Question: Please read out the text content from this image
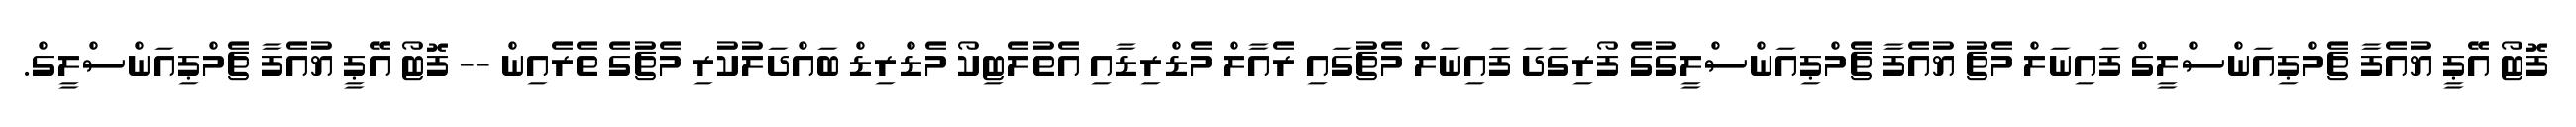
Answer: ފޮޓޯ އޭޕީ ޔުއެފާ ޗެމްޕިއަންސްލީގް ފައިނަލް މެޗު ޔުއެފާ ޗެމްޕިއަންސްލީގުގެ ފޯރިގަދަ ފައިނަލް މެޗުގައި ރެއާލް މެޑްރިޑާއި އެތުލެޓިކޯ މެޑްރިޑް ބައްދަލުކުރި މެޗުގެ ތެރެއިން -- ފޮޓޯ އޭޕީ ޔުއެފާ ޗެމްޕިއަންސްލީގް.